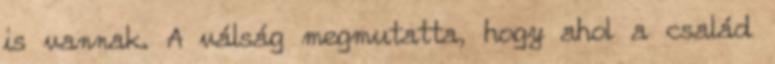
is vannak. A válság megmutatta, hogy ahol a család